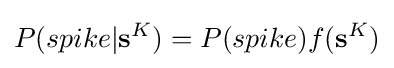
P(spike|\mathbf {s} ^{K})=P(spike)f(\mathbf {s} ^{K})